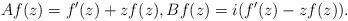
\begin{align*}Af(z)=f'(z)+zf(z),Bf(z)=i(f'(z)-zf(z)).\end{align*}